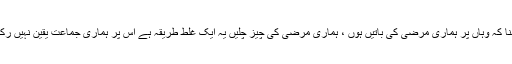
یہ کہنا کہ وہاں پر ہماری مرضی کی باتیں ہوں ، ہماری مرضی کی چیز چلیں یہ ایک غلط طریقہ ہے اس پر ہماری جماعت یقین نہیں رکھتی ۔